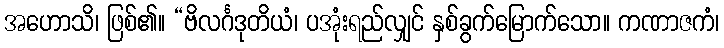
အဟောသိ၊ ဖြစ်၏။ “ဗိလင်္ဂဒုတိယံ၊ ပအုံးရည်လျှင် နှစ်ခွက်မြောက်သော။ ကဏာဇကံ၊